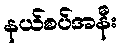
နယ်စပ်အနီး